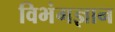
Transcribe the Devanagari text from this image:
विभंगज्ञान